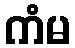
ကံမ